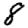
Digit: 8